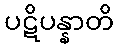
ပဋိပန္နာတိ